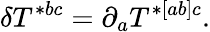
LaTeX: \delta T^{*bc}=\partial_{a}T^{*[ab]c}.